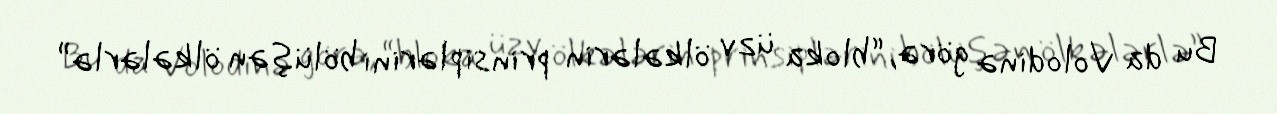
Bu da Volodinə görə, “bloka üzv ölkələrin prinsiplərini bölüşən ölkələrlə”